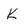
Character: K